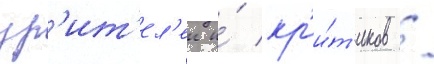
зр'ит'ел'еи и́ кр'и́т'иков /